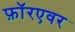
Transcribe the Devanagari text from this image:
फ़ॉरएवर